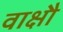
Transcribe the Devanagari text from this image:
वाक्षौ